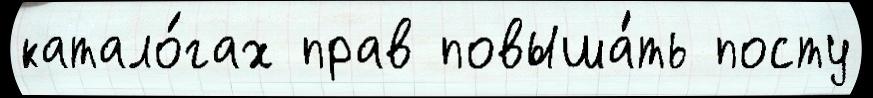
катало́гах прав повыша́ть посту